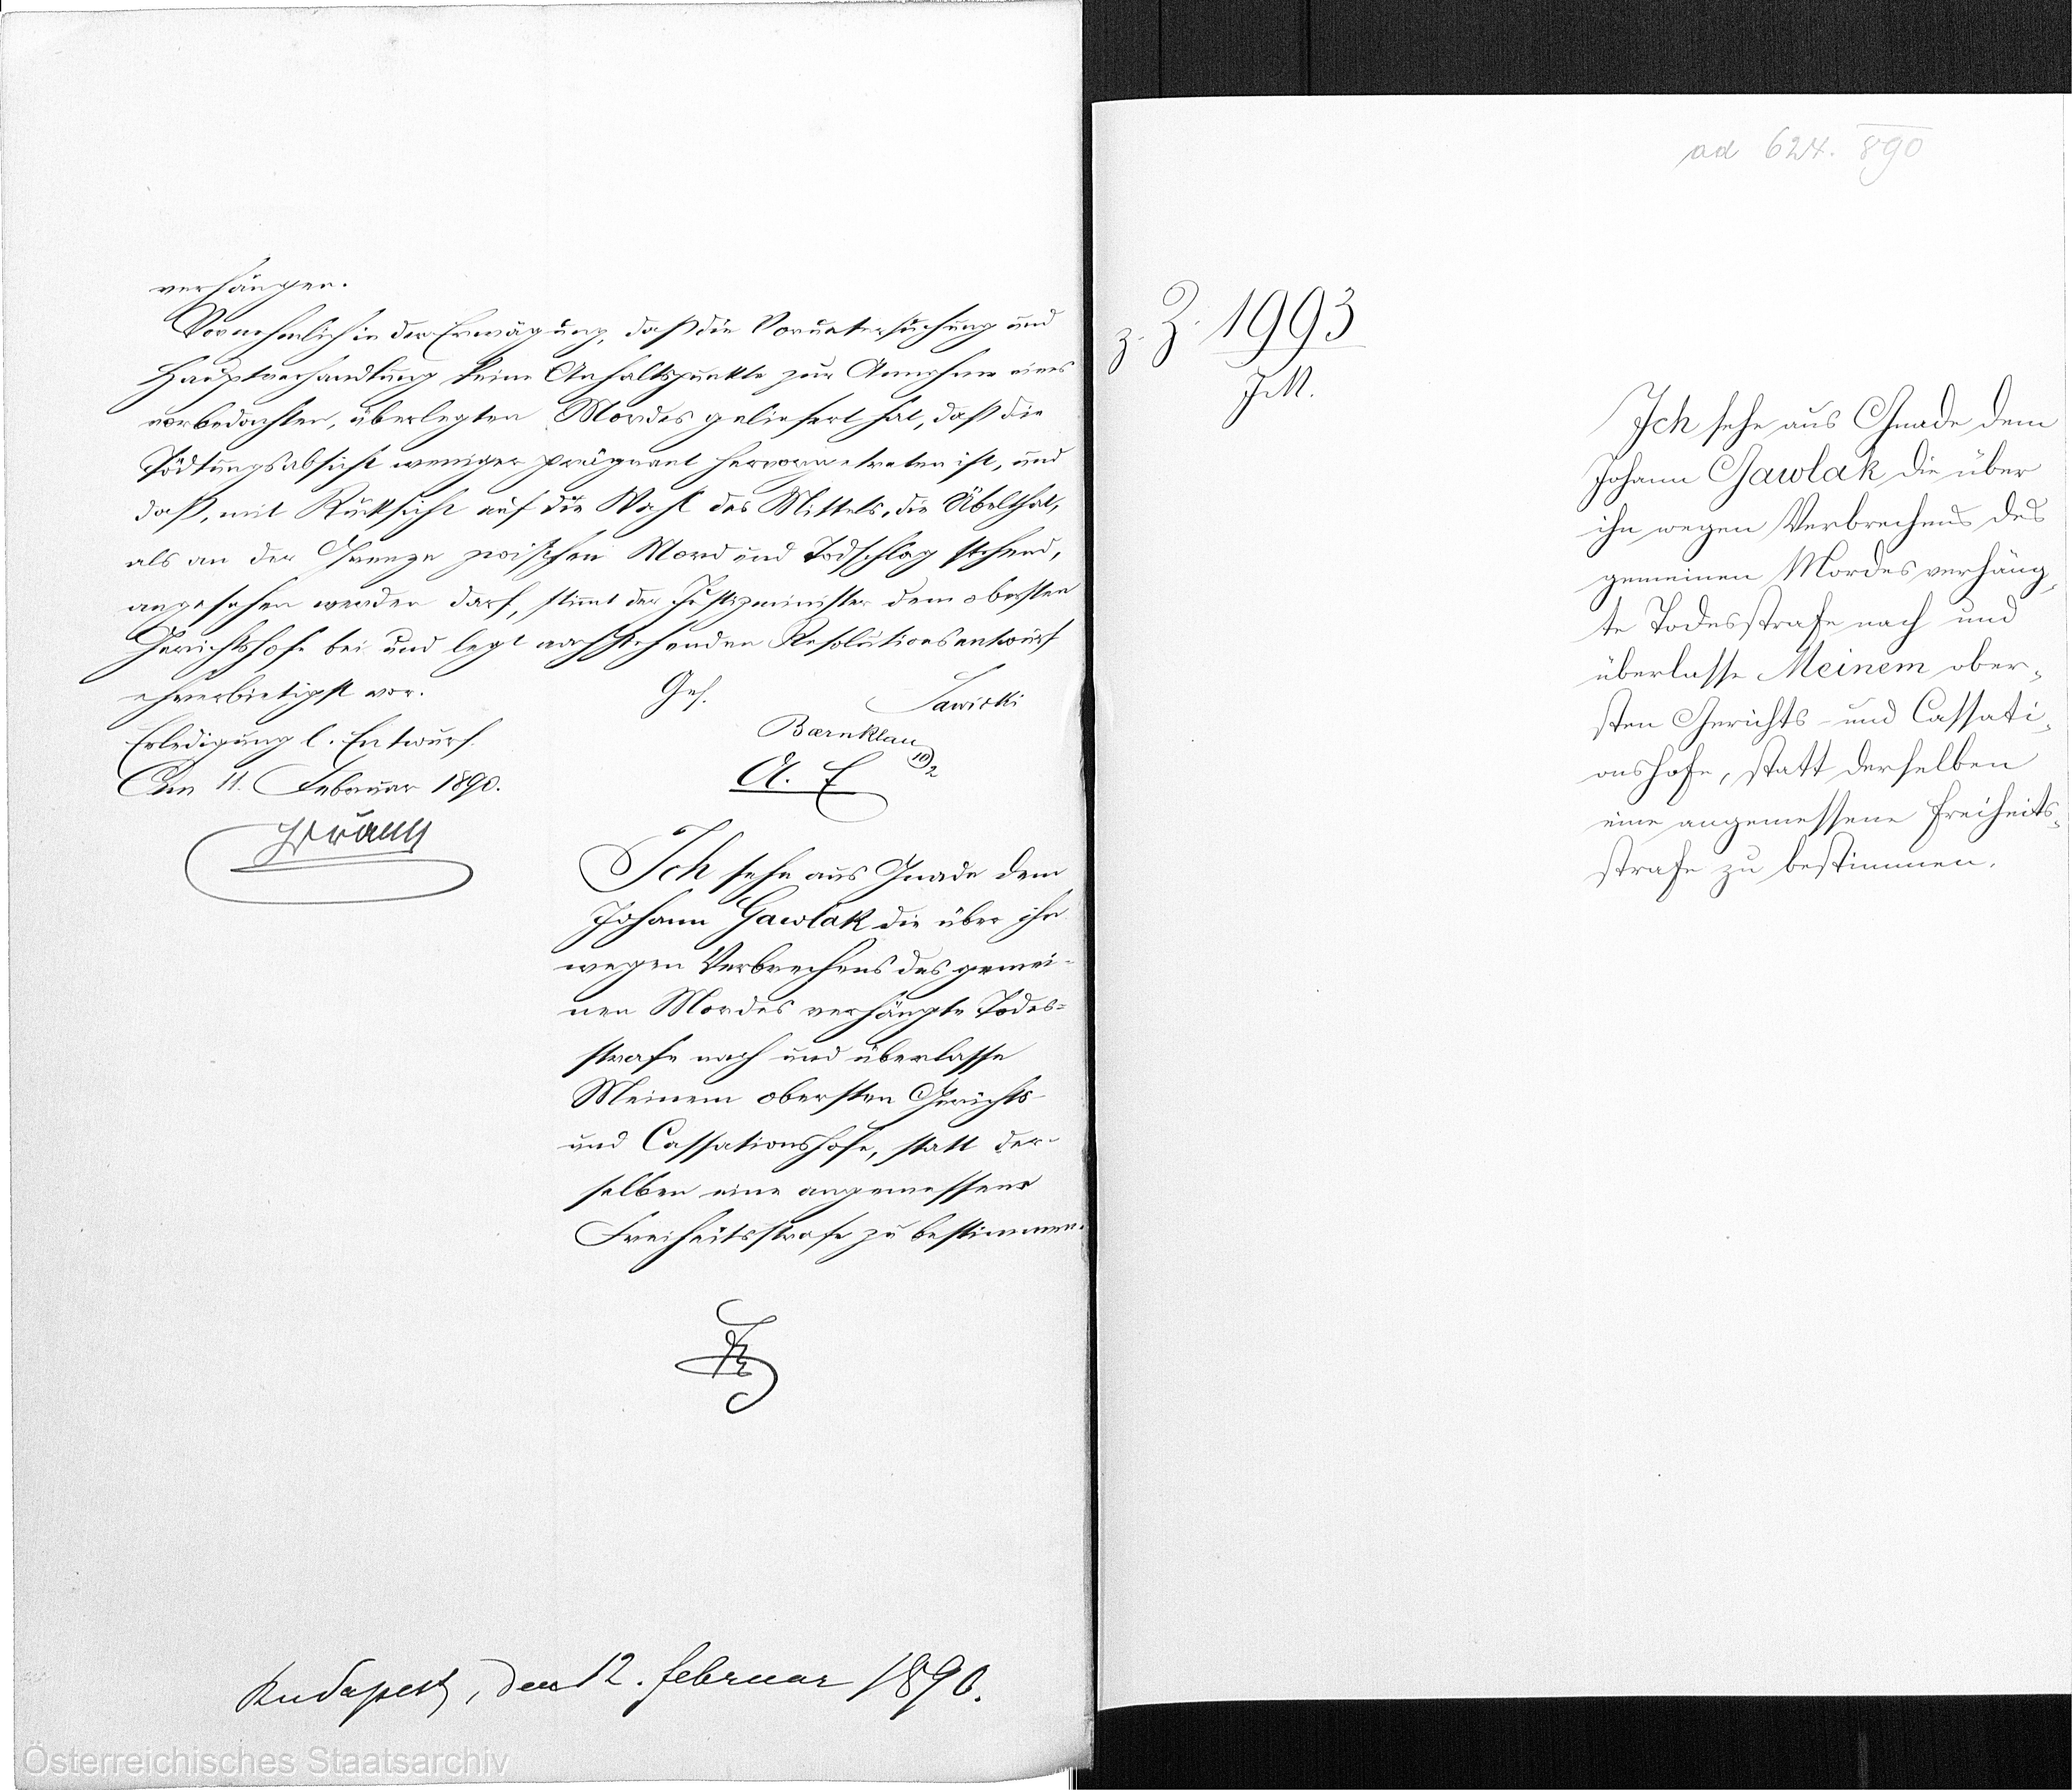
verhängen.
Vornehmlich in der Erwägung, daß die Voruntersuchung und
Hauptverhandlung keine Anhaltspunkte zur Annahme eines
vorbedachtenr, überlegten. Mordes geliefert hat, daß die
Tödtungsabsicht weniger prägnant hervorgetreten ist, und
daß, mit Rücksicht auf die Wahl des Mittels, die Übelthat,
als an der Grenze zwischen Mord und Todschlag stehend,
angesehen werden darf, stimmt der Justizminister dem obersten
Gerichtshofe bei und legt nachstehenden Resolutionsentwurf
Ges.
ehrerbietigst vor.
Sawicki
Baernklau
Erledigung l. Entwurf.
A.E.
Am 11. Februar 1890
xx
Ich sehe aus Gnade dem
Johann Gawlak die über ihr
wegen Verbrechens des gemei¬
nen Mordes verhängte Todes¬
strafe nach und überlasse
Meinem obersten Gerichts-
und Cassationshofe, statt der¬
selben eine angemessene
Freiheitsstrafe zu bestimmen
xx

Budapest, den 12. Februar 1896.

ad 624. 890

z. Z. 1993/
J.M.

Ich sehe und Gnade dem
Johann Gawlak die über
ihn wegen Verbrechens des
gemeinen Mordes verhäng¬
te Todesstrafe nach und
überlasse Meinem ober¬
sten Gerichts- und Cassati¬
onshofe, statt derselben
eine angemessene Freiheits¬
strafe zu bestimmen.